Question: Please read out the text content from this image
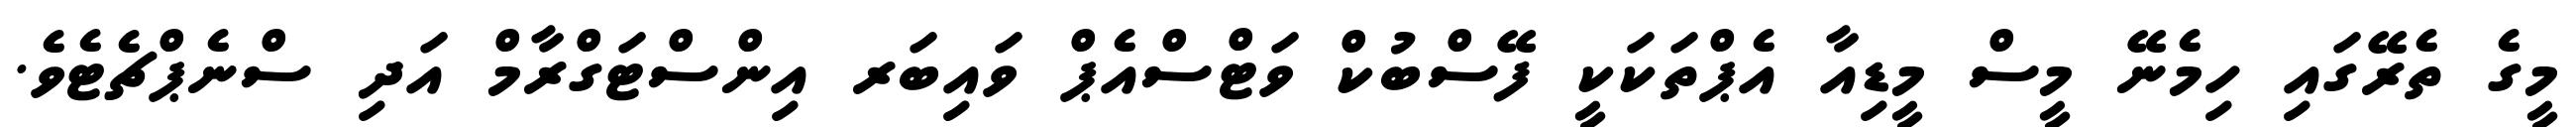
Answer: މީގެ ތެރޭގައި ހިމެނޭ މީސް މީޑިއާ އެޕްތަކަކީ ފޭސްބުކް ވަޓްސްއެޕް ވައިބަރ އިންސްޓަގްރާމް އަދި ސްނެޕްޗެޓެވެ.